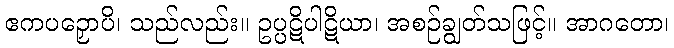
ဧကပဉှောပိ၊ သည်လည်း။ ဥပ္ပဋိပါဋိယာ၊ အစဉ်ချွတ်သဖြင့်။ အာဂတော၊